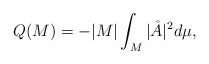
LaTeX: \begin{align*} Q(M)=-|M|\int_{M}|\mathring{A}|^2d\mu,\end{align*}